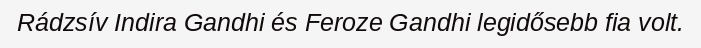
Rádzsív Indira Gandhi és Feroze Gandhi legidősebb fia volt.